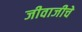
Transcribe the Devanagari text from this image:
जीवाजीचे